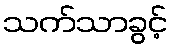
သက်သာခွင့်